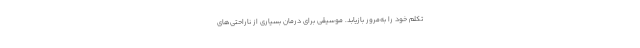
تکلم خود را به‌مرور بازیابد. موسیقی برای درمان بسیاری از ناراحتی‌های